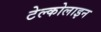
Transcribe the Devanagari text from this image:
टेल्कोलाइन